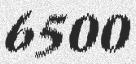
6500